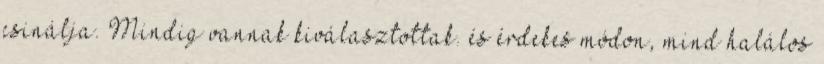
csinálja. Mindig vannak kiválasztottak. és érdekes módon, mind halálos